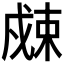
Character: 𰒮